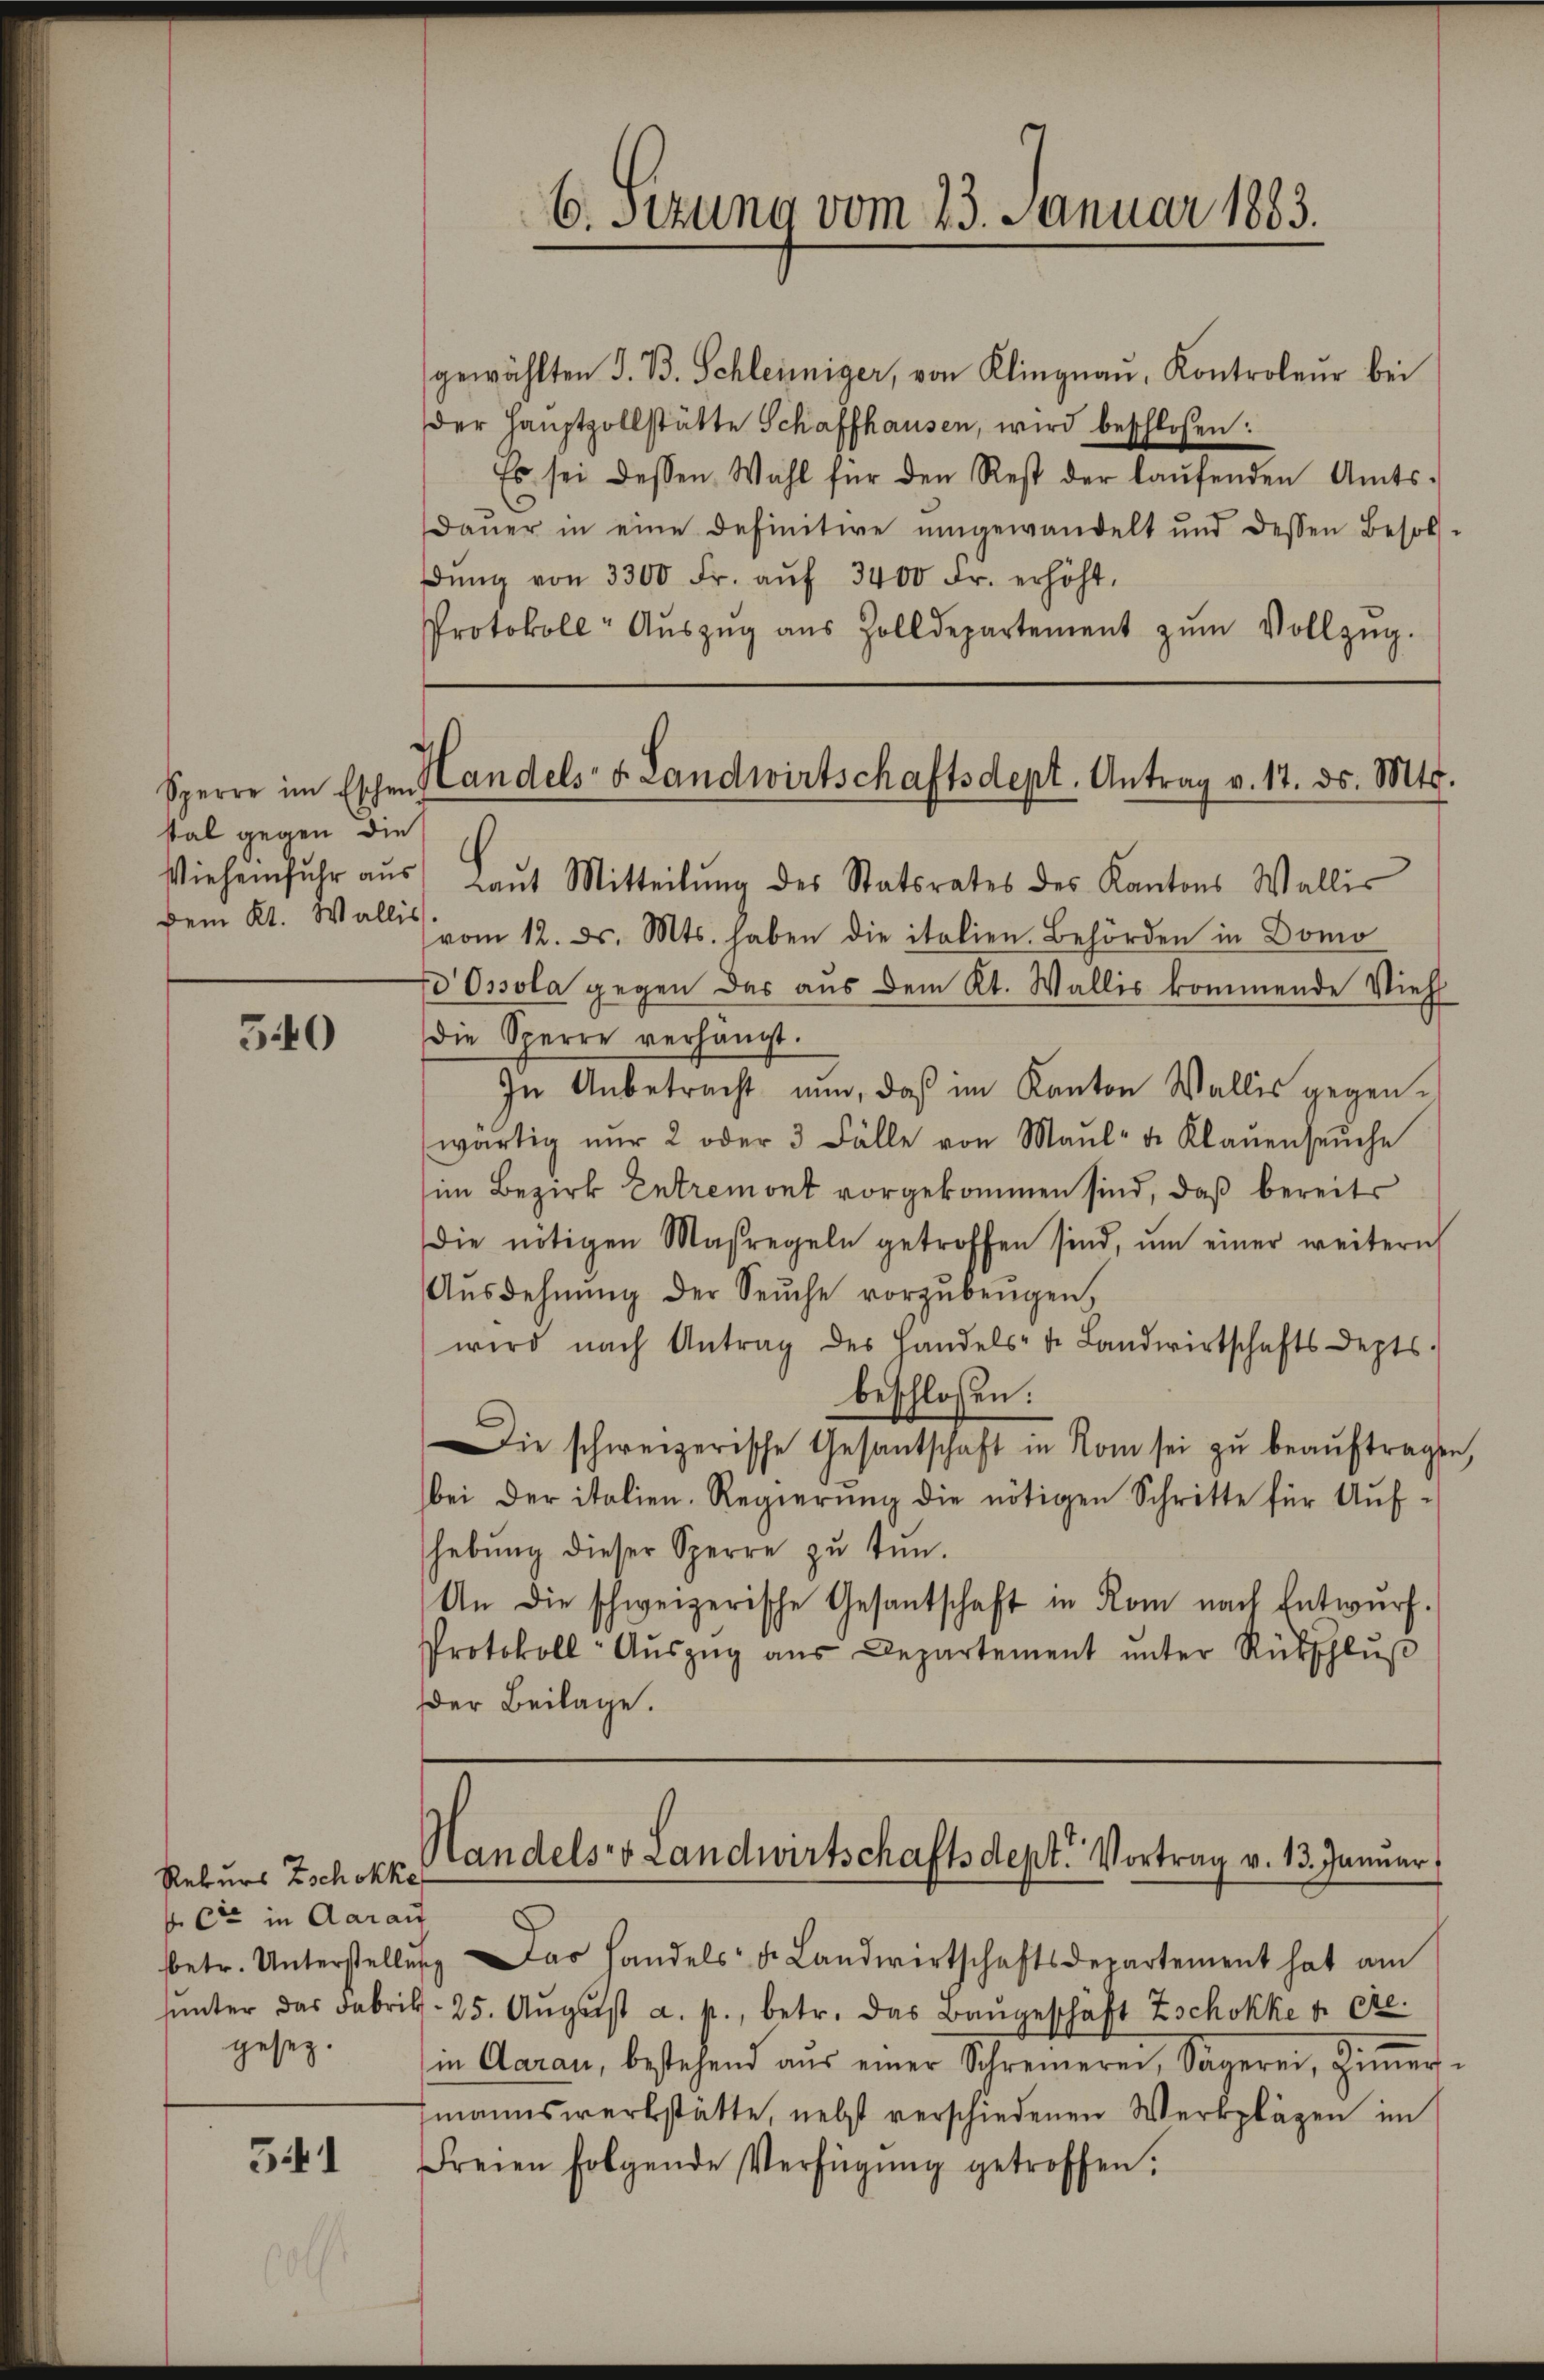
sal gegen die
Dem Kt. Wallis

540

541

Rekurs Zschokke
 Cie in Aarau
gesez.

6. Sitzung vom 23. Januar 1883.

gewählten J. B. Schleiniger, von Klingnau, Kontroleur bei
der Hauptzollstätte Schaffhausen, wird beschlossen:
Es sei dessen Wahl für den Rest der laŭfenden Amts-
Daŭer in eine definitive umgewandelt und dessen Besol
dŭng von 3300 Fr. aŭf 3400 Fr. erhöht.
Protokoll- Aŭszŭg aŭs Zolldepartement zŭm Vollzŭg.

Sperre im Eschen Handels- & Landwirtschaftsdept. Antrag v. 17. ds. Mts.

Viehenfŭhr aŭs Laŭt Mitteilŭng des Statsrates des Kantons Wallis
vom 12. ds. Mts. haben die italien. Behörden in Domo
d Ossola gegen das aus dem Kt. Wallis kommende Vieh
die Sperre verhängt.
In Anbetracht nun, daß im Kanton Wallis gegenwärtig nŭr 2 oder 3 Fälle von Maul- u. Klaŭenseŭche
im Bezirk Entremont vorgekommen sind, daß bereits
die nötigen Maßregeln getroffen sind, ŭm einer weitern
Aŭsdehnung der Seuche vorzŭbeŭgen,
wird nach Antrag des Handels- u. Landwirtschaftsdepts.
beschlossen:
Die schweizerische Gesantschaft in Rom sei zŭ beaŭftragen,
bei der italien. Regierŭng die nötigen Schritte für Aŭf-
hebŭng dieser Sperre zu tun.
An die schweizerische Gesantschaft in Rom nach Entwurf.
Protokoll- Aŭszŭg aŭs Departement ŭnter Rückschlŭβ
Der Beilage.

Randels Landwirtschaftsdept. Vortrag v. 13. Januar

betr. Unterstellung das handels- u. Landwirtschaftsdepartement hat am
ŭŭnter das Fabrik- 25. Aŭgust a. p., betr. das Baŭgeschäft Zschokke p. ere.
in Aarau, bestehend aŭs einer Schreinerei, Sagerei, iṁer-
zmannswerkstätte, nebst verschiedenen Werkplägen im
Freien folgende Verfügŭng getroffen.